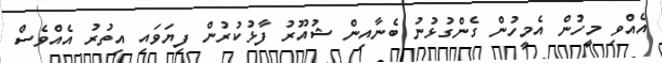
އެއްވި މީހުން އެމީހުން ގެންގުޅުނު ބެނާއިން ޝުއޫރު ފާޅުކުރުން ފިޔަވައި އިތުރު އެއްވެސް